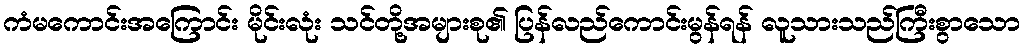
ကံမကောင်းအကြောင်း မိုင်းလုံး သင်တို့အများစု၏ ပြန်လည်ကောင်းမွန်ရန် လူသားသည်ကြီးစွာသော